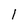
Character: 1